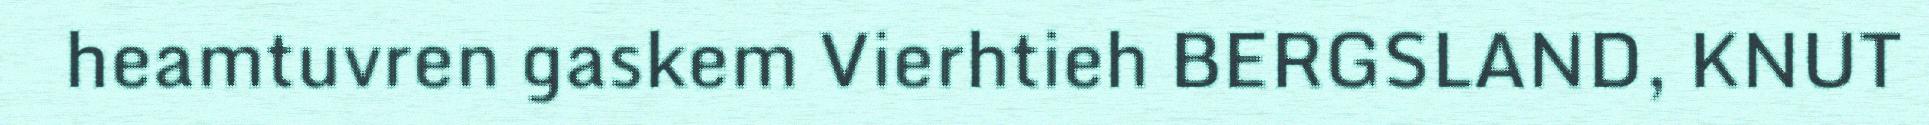
heamtuvren gaskem Vierhtieh BERGSLAND, KNUT